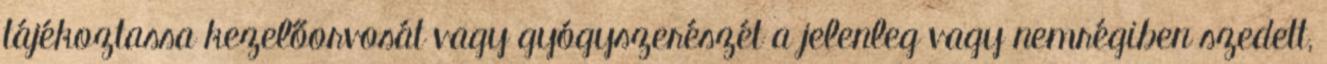
tájékoztassa kezelőorvosát vagy gyógyszerészét a jelenleg vagy nemrégiben szedett,